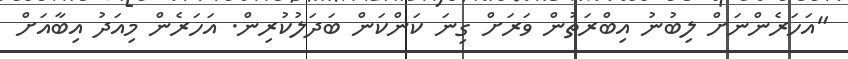
"އަހަރެންނަށް ލިބުނު އިބްރަތުން ވަރަށް ގިނަ ކަންކަން ބަދަލުކުރިން. އަހަރެން މިއަދު އިބާއަށް